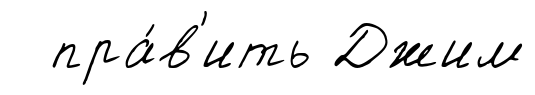
пра́в'ить Джим